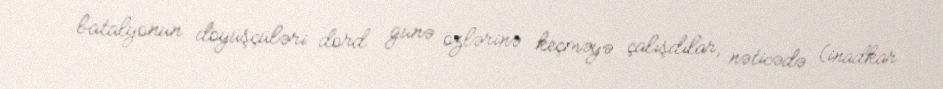
batalyonun döyüşçüləri dörd günə özlərinə keçməyə çalışdılar, nəticədə (inadkar